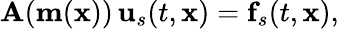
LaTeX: \mathbf{A}(\mathbf{m}(\mathbf{x}))\, \mathbf{u}_{s}(t,\mathbf{x})=\mathbf{f}_{s}(t,\mathbf{x}),